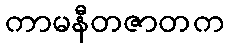
ကာမနီတဇာတက